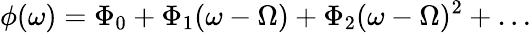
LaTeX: \phi(\omega)=\Phi_{0}+\Phi_{1}(\omega-\Omega)+\Phi_{2}(\omega-\Omega)^{2}+\ldots